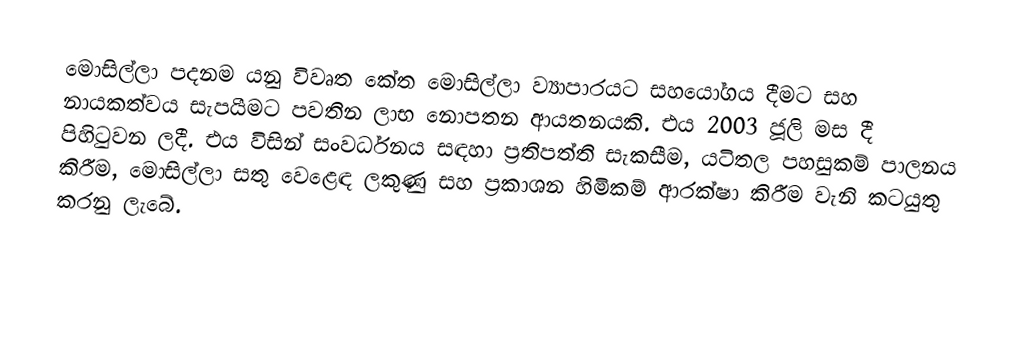
මොසිල්ලා පදනම යනු විවෘත කේත මොසිල්ලා ව්‍යාපාරයට සහයෝගය දීමට සහ නායකත්වය සැපයීමට පවතින ලාභ නොපතන ආයතනයකි. එය 2003 ජූලි මස දී පිහිටුවන ලදී. එය විසින් සංවර්ධනය සඳහා ප්‍රතිපත්ති සැකසීම, යටිතල පහසුකම් පාලනය කිරීම, මොසිල්ලා සතු වෙළෙඳ ලකුණු සහ ප්‍රකාශන හිමිකම් ආරක්ෂා කිරීම වැනි කටයුතු කරනු ලැබේ.